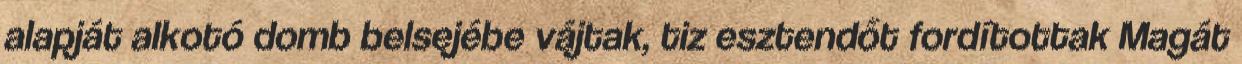
alapját alkotó domb belsejébe vájtak, tiz esztendőt fordítottak Magát